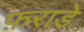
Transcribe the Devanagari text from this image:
फ़राडे